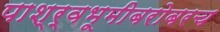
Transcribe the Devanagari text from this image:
पाश्र्वभूमीबरोबरच